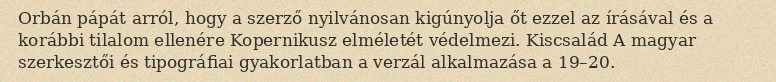
Orbán pápát arról, hogy a szerző nyilvánosan kigúnyolja őt ezzel az írásával és a korábbi tilalom ellenére Kopernikusz elméletét védelmezi. Kiscsalád A magyar szerkesztői és tipográfiai gyakorlatban a verzál alkalmazása a 19–20.